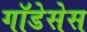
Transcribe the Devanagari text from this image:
गॉडेसेस